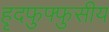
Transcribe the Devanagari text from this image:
हृदफुफ्फुसीय